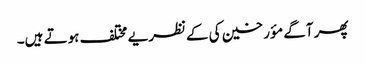
پھر آگے مؤرخین کی کےنظریے مختلف ہوتے ہیں۔